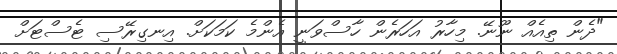
"ދެން ތިއެއް ނޫނޭ. މިހާރު އަހަރެން ހާސްވަނީ އެންމެ ކަމަކަށް. އިނގިރޭސި ޓެސްޓަށް